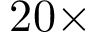
2 0 \times